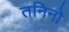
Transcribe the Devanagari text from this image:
तनिनो